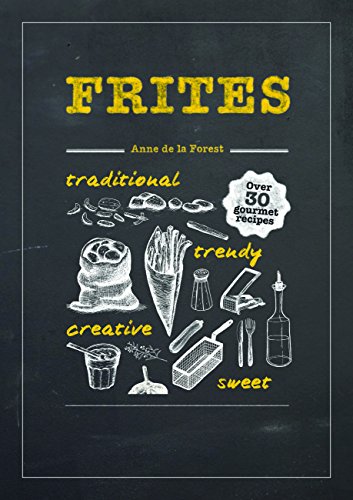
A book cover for Frites: Over 30 Gourmet Recipes; Anne De La Forest; Cookbooks, Food & Wine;